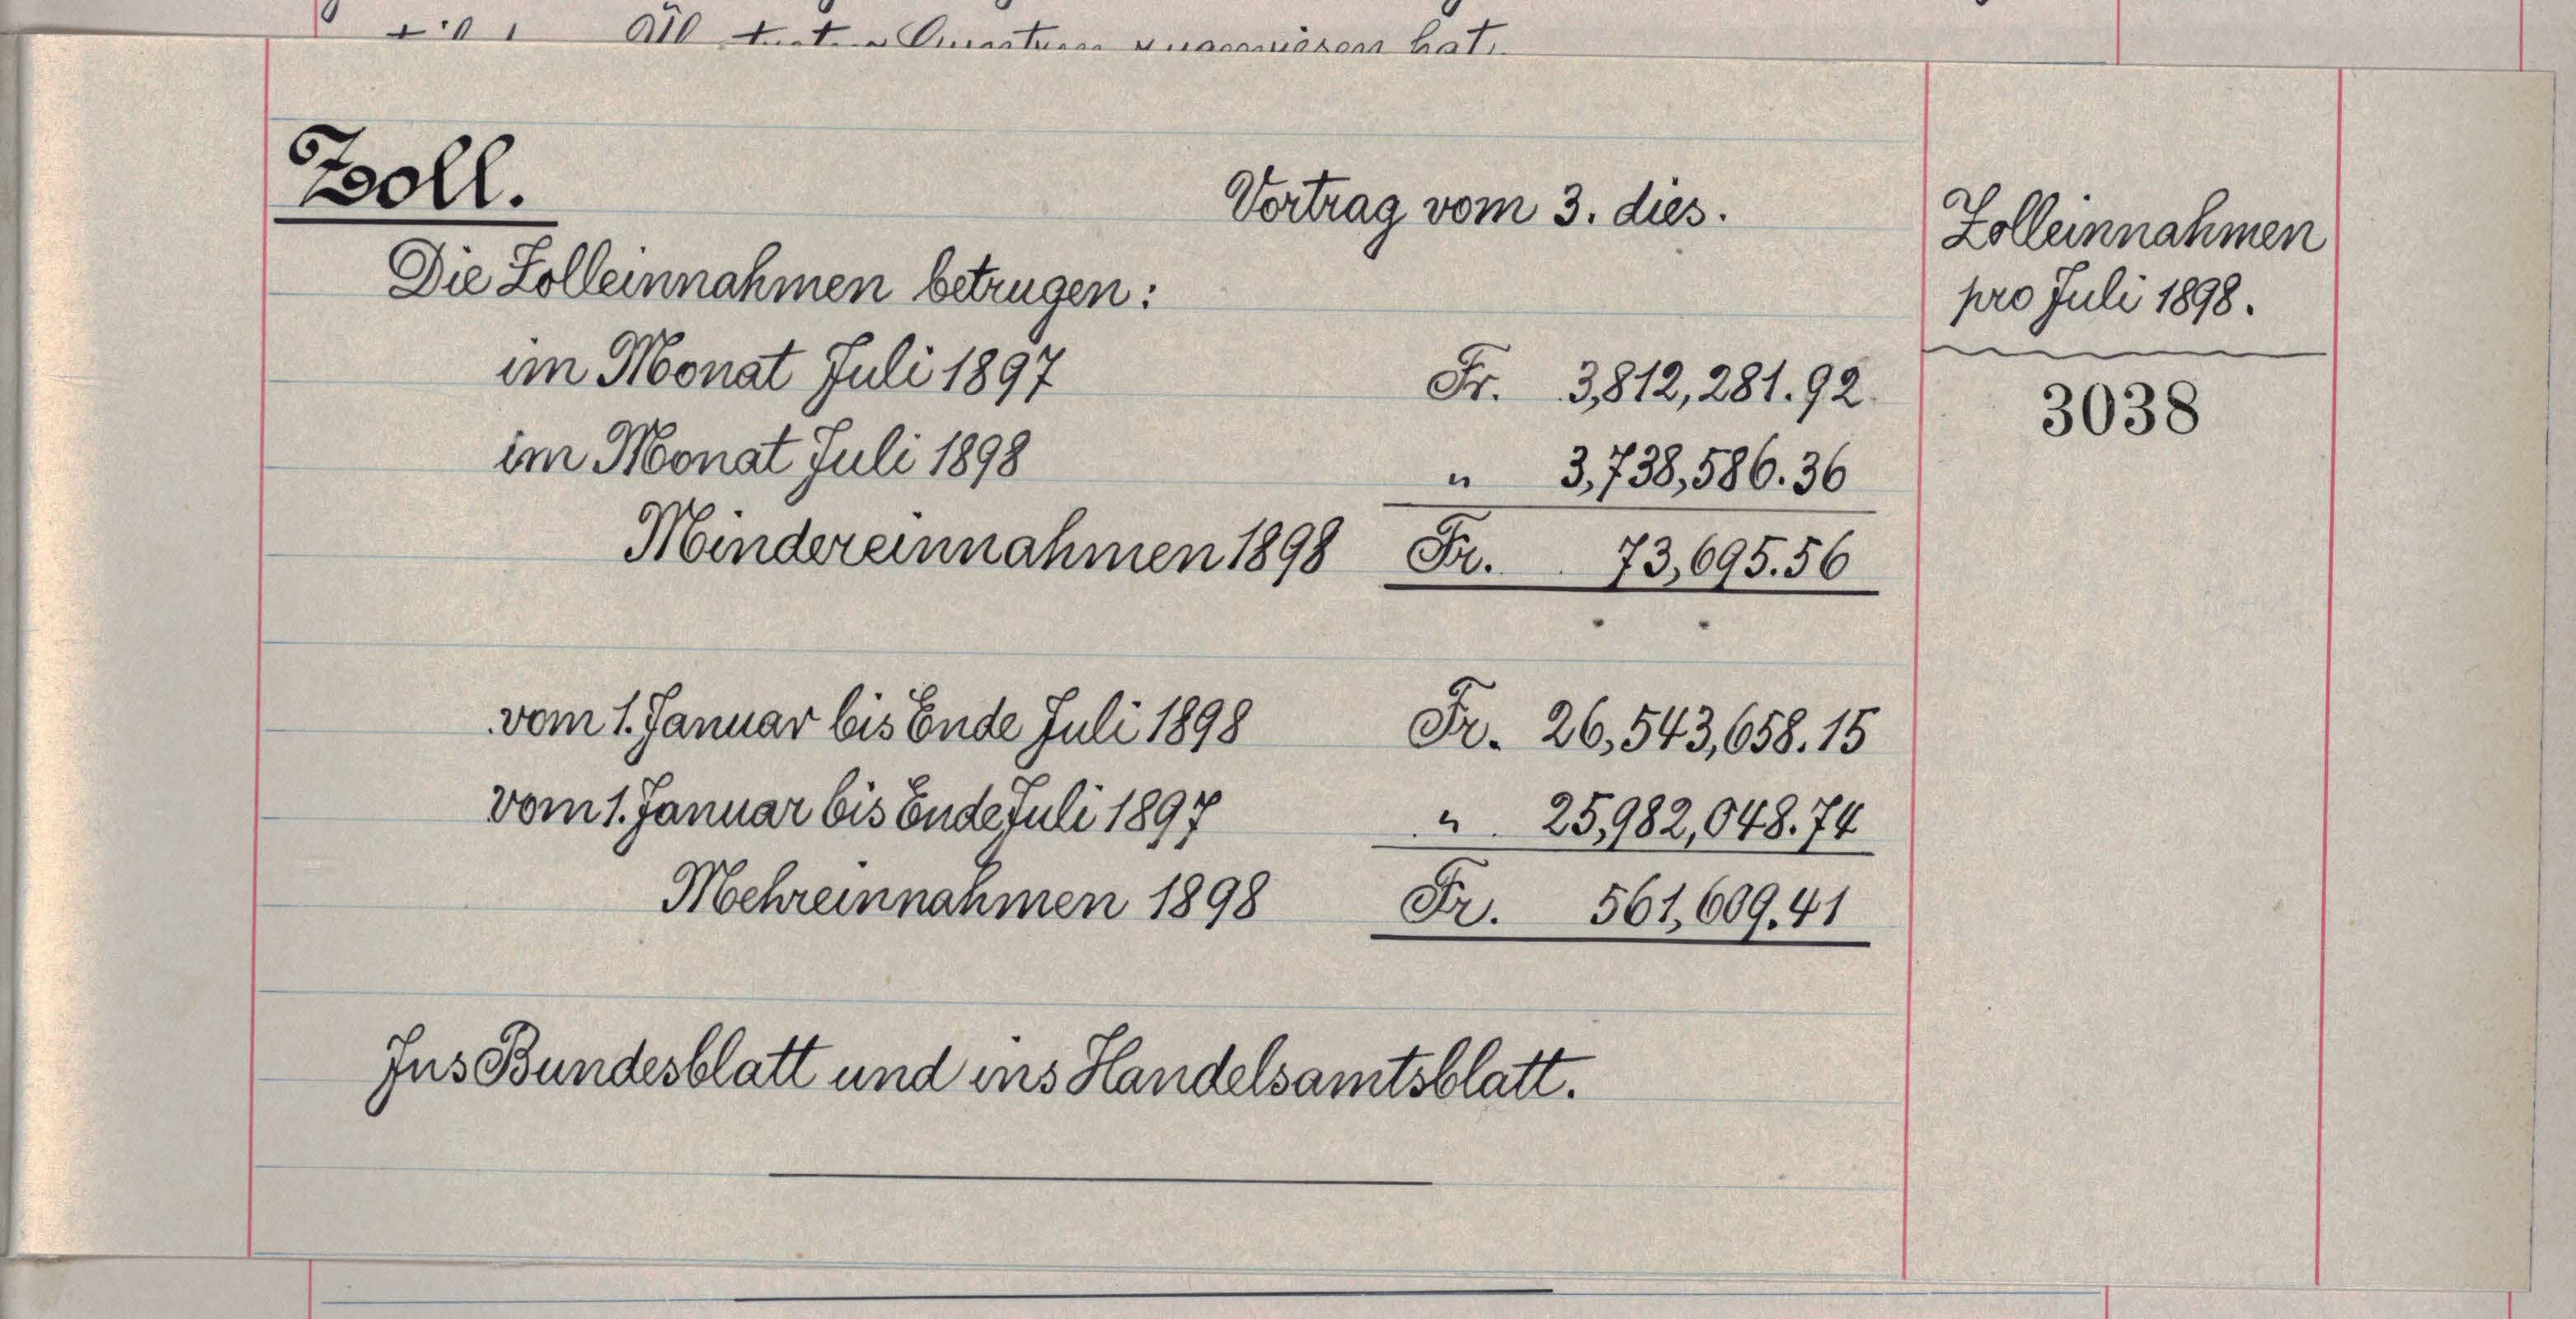
Zoll.
Vertrag vom 3. dies
Die Zolleinnahmen betrügen:
am Monat Juli 1897
Fr. 3812, 281. 92.
im Monat Juli 1898
3,738,586. 36
Mindereinnahmen 1898
Fr. 73,695. 56

01 10 daten Cartune versamstens hat.

vom 1. Januar bis Ende Juli 1898
vom 1. Januar bis Ende Juli 1897
25982,048. 74

Mehreinnammen 1898

Jus Bundesblatt und ins Handelsamtsblatt.

Fr. 561,609. 41

Fr. 26,543,658. 15

Zolleinnahmen
pro Juli 1898.

3038